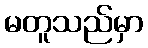
မတူသည်မှာ